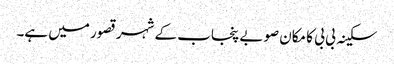
سکینہ بی بی کا مکان صوبے پنجاب کے شہر قصور میں ہے۔